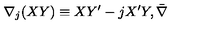
\nabla _ { j } ( X Y ) \equiv X Y ^ { \prime } - j X ^ { \prime } Y , \bar { \nabla }